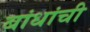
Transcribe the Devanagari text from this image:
बांधांची